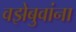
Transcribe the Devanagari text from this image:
वझेबुवांना